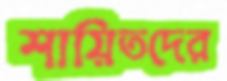
শায়িতদের